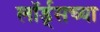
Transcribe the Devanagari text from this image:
लॉर्ड्‌सच्या